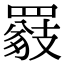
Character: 𦌖